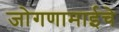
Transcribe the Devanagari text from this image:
जोगणामाईचे